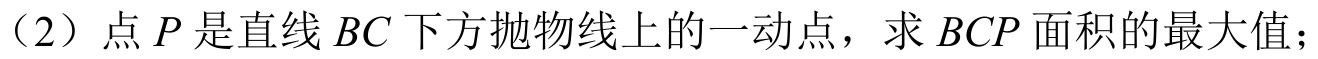
（2）点\(P\)是直线\(BC\)下方抛物线上的一动点，求\(BCP\)面积的最大值；